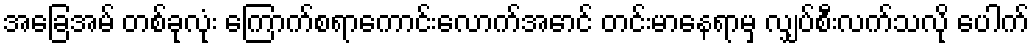
အခြေအမ် တစ်ခုလုံး ကြောက်စရာကောင်းလောက်အောင် တင်းမာနေရာမှ လျှပ်စီးလက်သလို ပေါက်